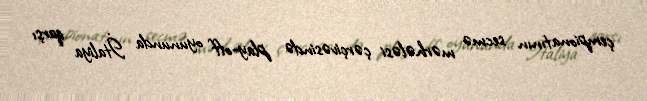
çempionatının secmə mərhələsi çərçivəsində play-off oyununda İtaliya qarşı